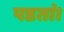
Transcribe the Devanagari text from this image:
पडतां।